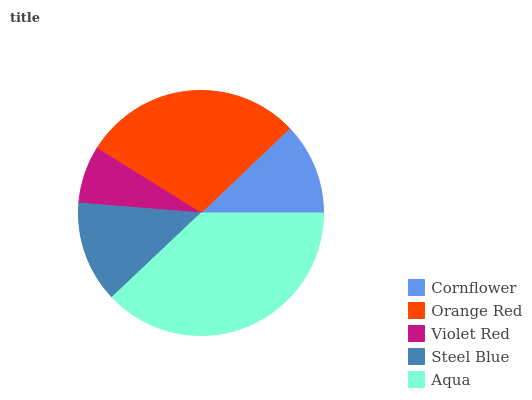
| Cornflower | Orange Red | Violet Red | Steel Blue | Aqua |
 | --- | --- | --- | --- | --- |
 | 12.1% | 29% | 7.57% | 13.4% | 37.9% |